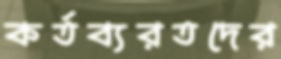
কর্তব্যরতদের